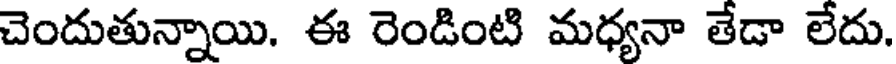
చెందుతున్నాయి. ఈ రెండింటి మధ్యనా తేడా లేదు.